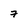
Character: 7